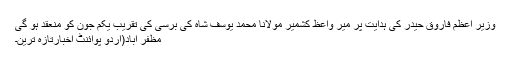
وزیر اعظم فاروق حیدر کی ہدایت پر میر واعظ کشمیر مولانا محمد یوسف شاہ کی برسی کی تقریب یکم جون کو منعقد ہو گی
مظفر آباد(اُردو پوائنٹ اخبارتازہ ترین۔